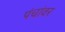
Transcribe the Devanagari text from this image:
पंचांवर